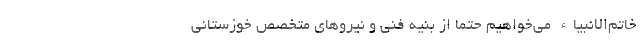
خاتم‌الانبیاء می‌خواهیم حتما از بنیه فنی و نیروهای متخصص خوزستانی